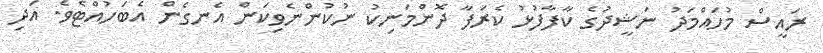
ރައީސް މުހައްމަދު ނަޝީދުގެ ކާފާފުޅު ކެރަފާ ދޮންމަނިކު ނުކުންނެވިކަން އެނގެން އެބަހުއްޓެވެ. އަދި